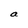
Character: a